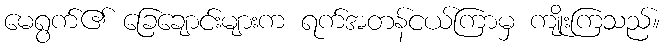
မေရွက်၏ ခြေချောင်းများက ရက်အတန်ငယ်ကြာမှ ကျိုးကြသည်။